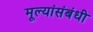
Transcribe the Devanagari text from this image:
मूल्यांसंबंधी